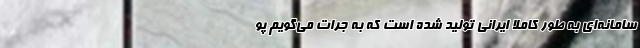
سامانه‌ای به طور کاملا ایرانی تولید شده است که به جرات می‌گویم پو